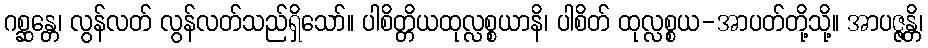
ဂစ္ဆန္တေ၊ လွန်လတ် လွန်လတ်သည်ရှိသော်။ ပါစိတ္တိယထုလ္လစ္စယာနိ၊ ပါစိတ် ထုလ္လစ္စယ-အာပတ်တို့သို့။ အာပဇ္ဇန္တိ၊